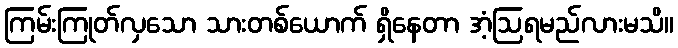
ကြမ်းကြုတ်လှသော သားတစ်ယောက် ရှိနေတာ အံ့ဩရမည်လားမသိ။